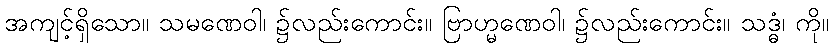
အကျင့်ရှိသော။ သမဏေဝါ၊ ၌လည်းကောင်း။ ဗြာဟ္မဏေဝါ၊ ၌လည်းကောင်း။ သဒ္ဓံ၊ ကို။